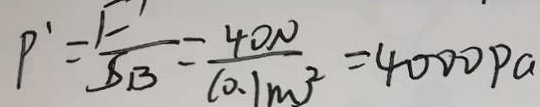
P ^ { \prime } = \frac { F ^ { \prime } } { S B } = \frac { 4 O N } { ( 0 . 1 m ) ^ { 2 } } = 4 0 0 0 p a